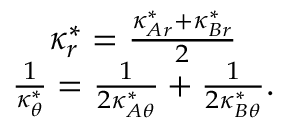
\begin{array} { c } { \kappa _ { r } ^ { * } = \frac { \kappa _ { A r } ^ { * } + \kappa _ { B r } ^ { * } } { 2 } } \\ { \frac { 1 } { \kappa _ { \theta } ^ { * } } = \frac { 1 } { 2 \kappa _ { A \theta } ^ { * } } + \frac { 1 } { 2 \kappa _ { B \theta } ^ { * } } . } \end{array}